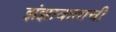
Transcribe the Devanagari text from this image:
झंझावाताची